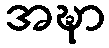
အဍ္ဎာ